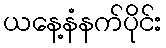
ယနေ့နံနက်ပိုင်း